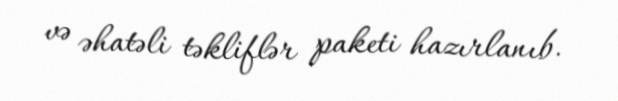
və əhatəli təkliflər paketi hazırlanıb.